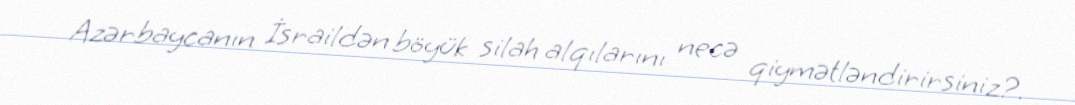
Azərbaycanın İsraildən böyük silah alqılarını necə qiymətləndirirsiniz?.